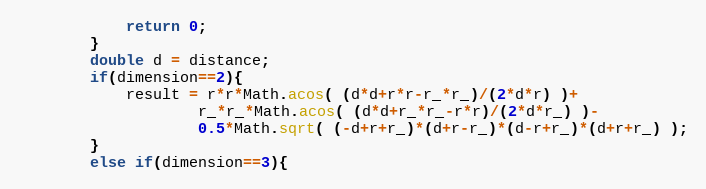
Language: Java
			return 0;
		}
		double d = distance;
		if(dimension==2){
			result = r*r*Math.acos( (d*d+r*r-r_*r_)/(2*d*r) )+
					r_*r_*Math.acos( (d*d+r_*r_-r*r)/(2*d*r_) )-
					0.5*Math.sqrt( (-d+r+r_)*(d+r-r_)*(d-r+r_)*(d+r+r_) );
		}
		else if(dimension==3){